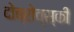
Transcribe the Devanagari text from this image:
दोब्रोव्स्की